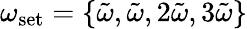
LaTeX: \omega_{\textrm{set}}=\{ \tilde{\omega},\tilde{\omega},2\tilde{\omega},3\tilde{\omega}\}